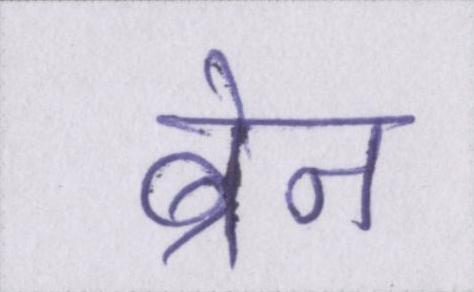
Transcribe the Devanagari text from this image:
ब्रेन